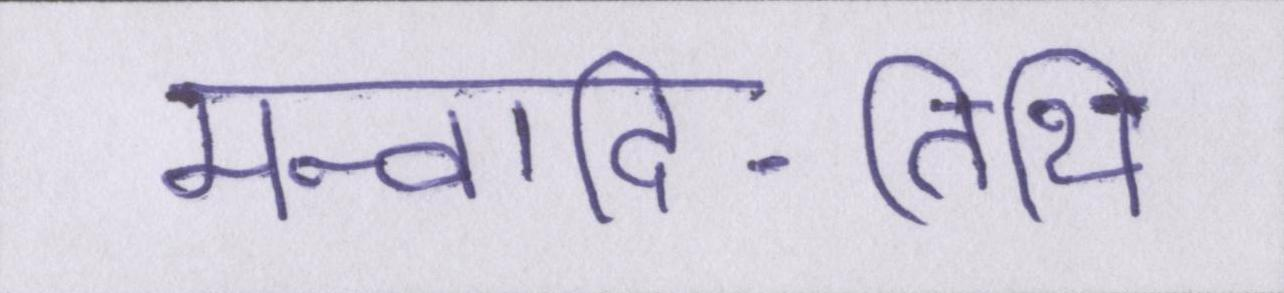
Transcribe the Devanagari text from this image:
मन्वादि-तिथि